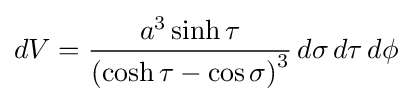
dV={\frac {a^{3}\sinh \tau }{\left(\cosh \tau -\cos \sigma \right)^{3}}}\,d\sigma \,d\tau \,d\phi